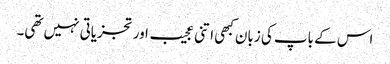
اس کے باپ کی زبان کبھی اتنی عجیب اور تجزیاتی نہیں تھی۔